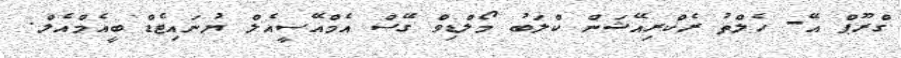
ގްރޫޕް އޭ- ހެލްތު ރެކްރިއޭޝަން ކްލަބު މޯލްޑިވް ގޭސް އެމްއޭސީއެލް ޔުނައިޓެޑް ބީއެމްއެލް.